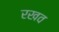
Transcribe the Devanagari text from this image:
रखव